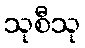
သုစီသု